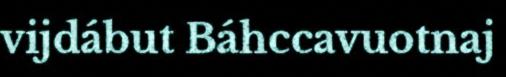
vijdábut Báhccavuotnaj